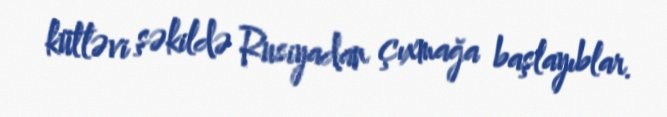
kütləvi şəkildə Rusiyadan çıxmağa başlayıblar.